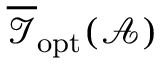
\overline { { \mathcal { I } } } _ { \mathrm { o p t } } ( \mathcal { A } )